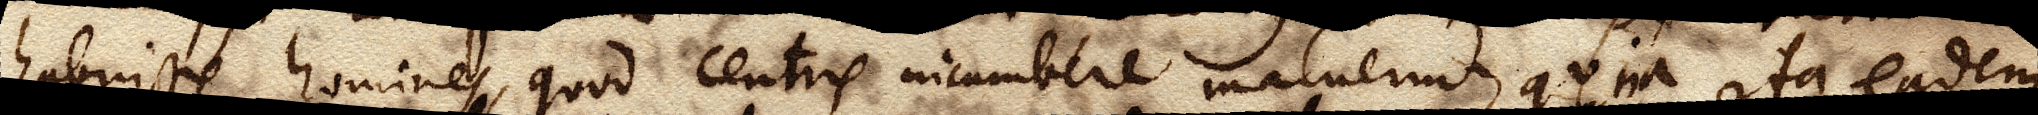
habuisse homines, quod centris incumbere maluerunt, quia ita eadem